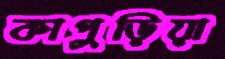
কাপুড়িয়া